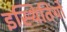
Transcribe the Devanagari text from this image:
इस्थितियो